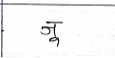
मजकूर: जू